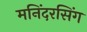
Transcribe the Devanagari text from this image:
मनिंदरसिंग